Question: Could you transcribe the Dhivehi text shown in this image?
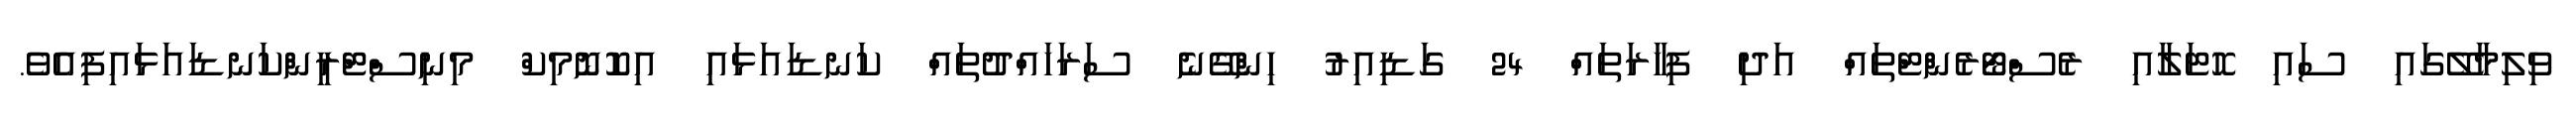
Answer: ވިލިމާލޭގައި ސައި ހޮޓަލާއި ރެސްޓޯރެންޓްތައް އަދި ފިހާރަތައް 24 ގަޑިއިރު ހިންގޭނެ ސަރަހައްދުތައް ކަނޑައަޅައި އިކޮނޮމިކް މިނިސްޓްރީންކަނޑައަޅައިފިއެވެ.